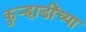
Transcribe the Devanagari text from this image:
कुऱ्हाडींच्या